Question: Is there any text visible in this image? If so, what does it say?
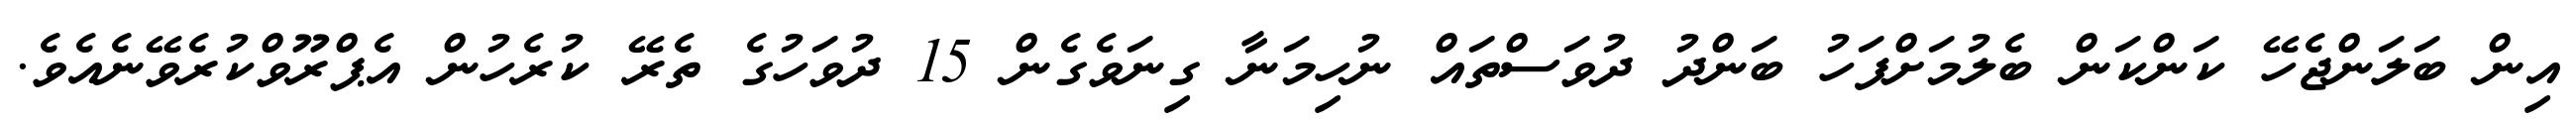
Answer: އިން ބަލަންޖެހޭ ކަންކަން ބެލުމަށްފަހު ބަންދު ދުވަސްތައް ނުހިމަނާ ގިނަވެގެން 15 ދުވަހުގެ ތެރޭ ކުރެހުން އެޕްރޫވްކުރެވޭނެއެވެ.